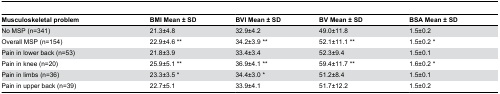
<table><thead><tr><td><b>Musculoskeletal problem</b></td><td><b>BMI Mean ± SD</b></td><td><b>BVI Mean ± SD</b></td><td><b>BV Mean ± SD</b></td><td><b>BSA Mean ± SD</b></td></tr></thead><tbody><tr><td>No MSP (n=341)</td><td>21.3±4.8 </td><td>32.9±4.2</td><td>49.0±11.8</td><td>1.5±0.2</td></tr><tr><td>Overall MSP (n=154)</td><td>22.9±4.6 **</td><td>34.2±3.9 **</td><td>52.1±11.1 **</td><td>1.5±0.2 *</td></tr><tr><td>Pain in lower back (n=53)</td><td>21.8±3.9</td><td>33.4±3.4</td><td>52.3±9.4</td><td>1.5±0.1</td></tr><tr><td>Pain in knee (n=20)</td><td>25.9±5.1 **</td><td>36.9±4.1 **</td><td>59.4±11.7 **</td><td>1.6±0.2 *</td></tr><tr><td>Pain in limbs (n=36)</td><td>23.3±3.5 *</td><td>34.4±3.0 *</td><td>51.2±8.4</td><td>1.5±0.1</td></tr><tr><td>Pain in upper back (n=39)</td><td>22.7±5.1</td><td>33.9±4.1</td><td>51.7±12.2</td><td>1.5±0.2</td></tr></tbody></table>